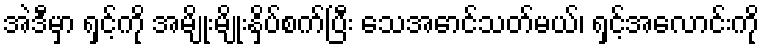
အဲဒီမှာ ရှင့်ကို အမျိုးမျိုးနှိပ်စက်ပြီး သေအောင်သတ်မယ်၊ ရှင့်အလောင်းကို